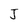
Character: J